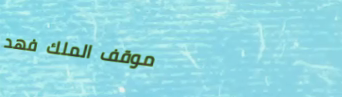
موقف الملك فهد